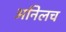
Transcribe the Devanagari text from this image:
अनिलच